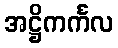
အဋ္ဌိကင်္ကလ